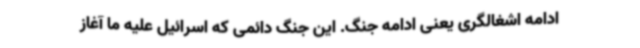
ادامه اشغالگری یعنی ادامه جنگ. این جنگ دائمی که اسرائیل علیه ما آغاز